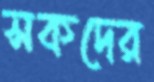
সকদের